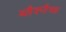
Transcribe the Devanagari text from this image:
ब्लैक्जैच्क